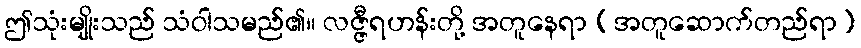
ဤသုံးမျိုးသည် သံဝါသမည်၏။ လဇ္ဇီရဟန်းတို့ အတူနေရာ (အတူဆောက်တည်ရာ)